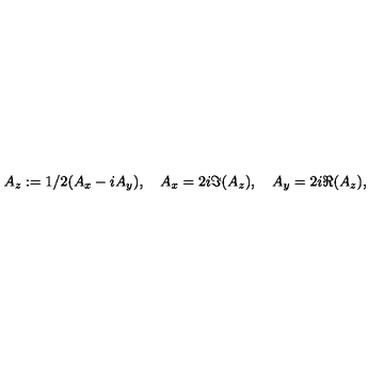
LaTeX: A _ { z } : = 1 / 2 ( A _ { x } - i A _ { y } ) , \quad A _ { x } = 2 i \Im ( A _ { z } ) , \quad A _ { y } = 2 i \Re ( A _ { z } ) ,